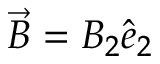
\Vec { B } = B _ { 2 } \hat { e } _ { 2 }